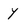
Character: y